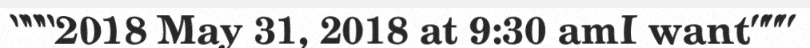
"""2018 May 31, 2018 at 9:30 amI want"""